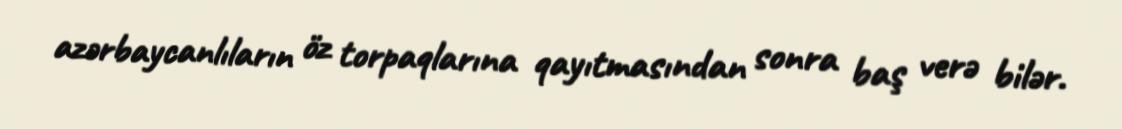
azərbaycanlıların öz torpaqlarına qayıtmasından sonra baş verə bilər.